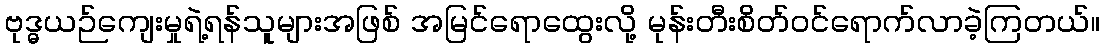
ဗုဒ္ဓယဉ်ကျေးမှုရဲ့ရန်သူများအဖြစ် အမြင်ရောထွေးလို့ မုန်းတီးစိတ်ဝင်ရောက်လာခဲ့ကြတယ်။